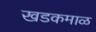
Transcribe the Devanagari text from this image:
खडकमाळ